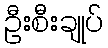
ဦးစီးချုပ်